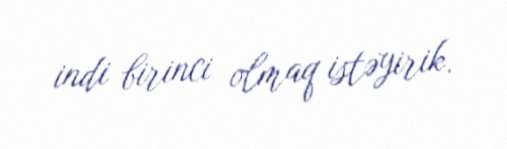
indi birinci olmaq istəyirik.